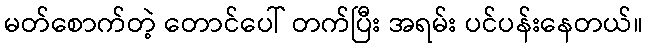
မတ်စောက်တဲ့ တောင်ပေါ် တက်ပြီး အရမ်း ပင်ပန်းနေတယ်။